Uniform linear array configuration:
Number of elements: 48
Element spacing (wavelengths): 0.5
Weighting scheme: cosine
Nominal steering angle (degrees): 0
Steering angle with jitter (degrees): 0.2701
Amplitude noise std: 0.05
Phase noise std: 0.05

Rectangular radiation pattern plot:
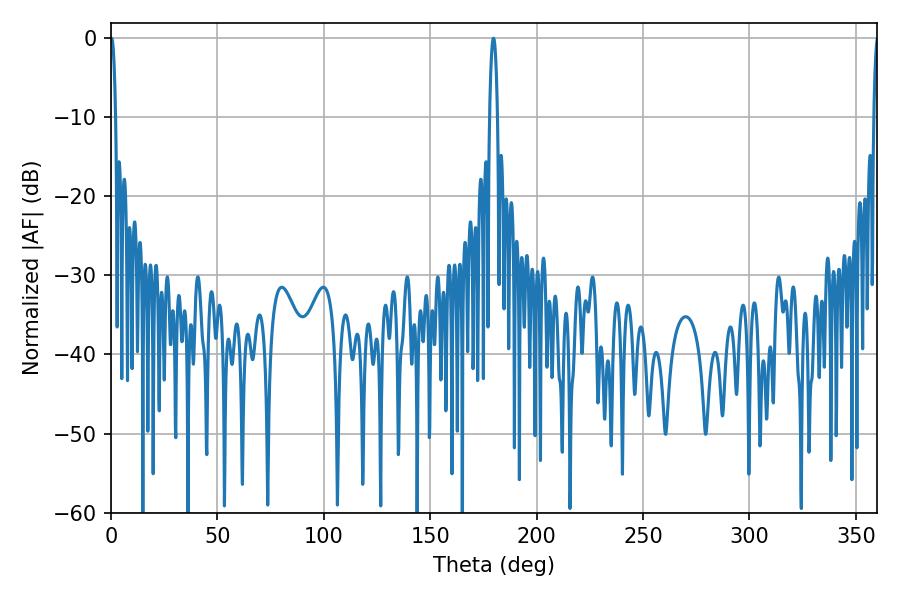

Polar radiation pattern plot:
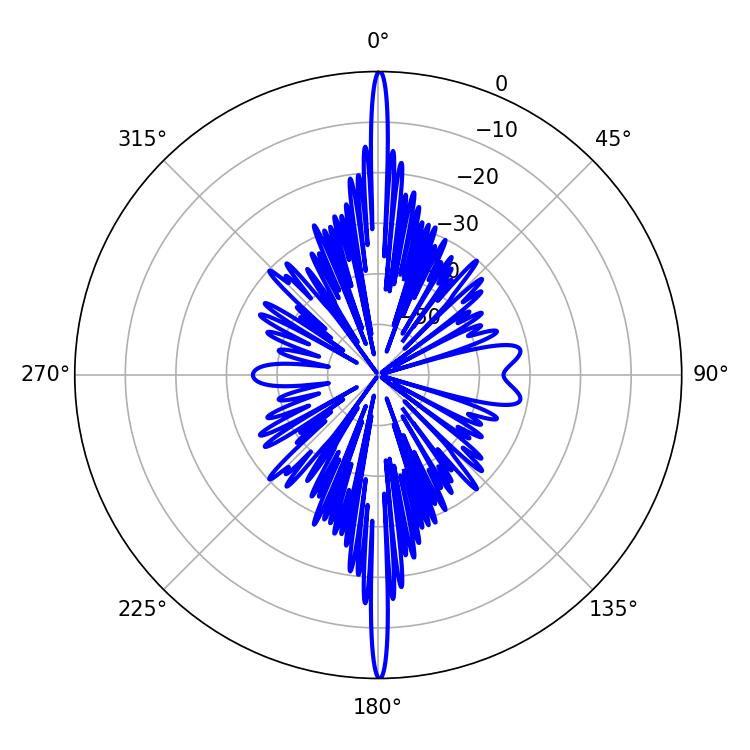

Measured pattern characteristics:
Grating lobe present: FALSE
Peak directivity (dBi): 35.341
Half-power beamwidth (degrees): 1.98
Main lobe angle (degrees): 179.64